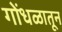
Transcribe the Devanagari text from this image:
गोंधळातून